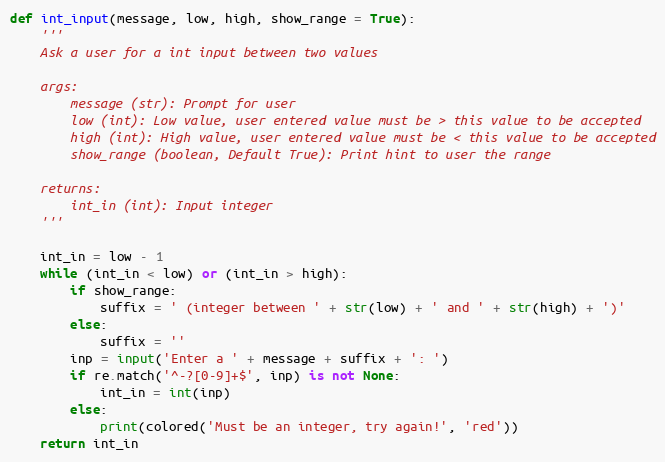
Language: Python
def int_input(message, low, high, show_range = True):
    '''
    Ask a user for a int input between two values

    args:
        message (str): Prompt for user
        low (int): Low value, user entered value must be > this value to be accepted
        high (int): High value, user entered value must be < this value to be accepted
        show_range (boolean, Default True): Print hint to user the range

    returns:
        int_in (int): Input integer
    '''

    int_in = low - 1
    while (int_in < low) or (int_in > high):
        if show_range:
            suffix = ' (integer between ' + str(low) + ' and ' + str(high) + ')'
        else:
            suffix = ''
        inp = input('Enter a ' + message + suffix + ': ')
        if re.match('^-?[0-9]+$', inp) is not None:
            int_in = int(inp)
        else:
            print(colored('Must be an integer, try again!', 'red'))
    return int_in